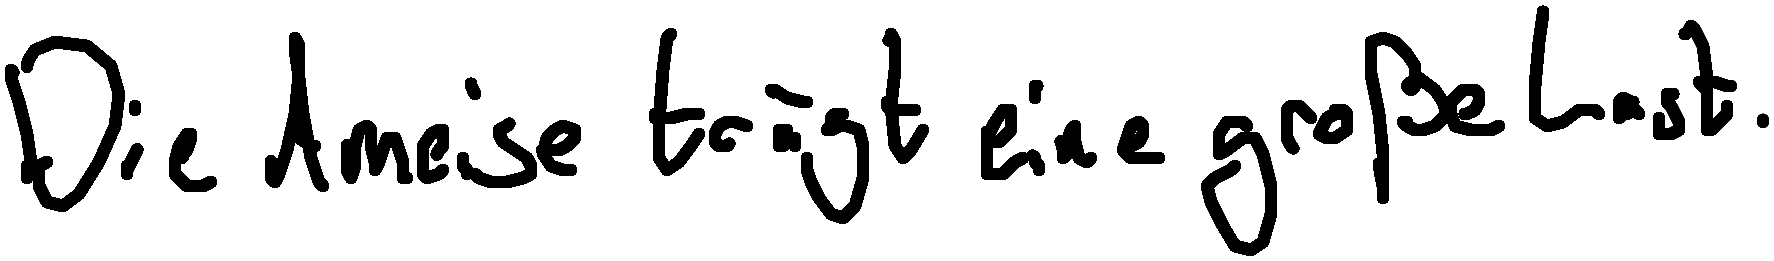
Die Ameise trägt eine große Last.